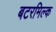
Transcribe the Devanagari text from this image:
बटरमिल्क